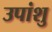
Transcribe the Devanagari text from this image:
उपांशु